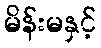
မိန်းမနှင့်